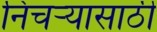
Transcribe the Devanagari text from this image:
निचर्‍यासाठी